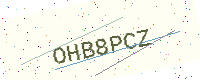
Text: OHB8PCZ